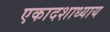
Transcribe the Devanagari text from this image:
एकादशाध्याय